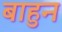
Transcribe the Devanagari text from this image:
बाहुन